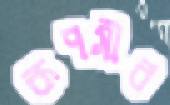
রূপসীর